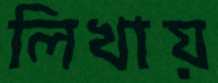
লিখায়